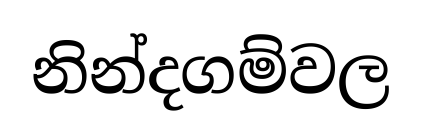
නින්දගම්වල